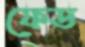
ফেড